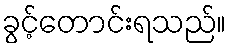
ခွင့်တောင်းရသည်။